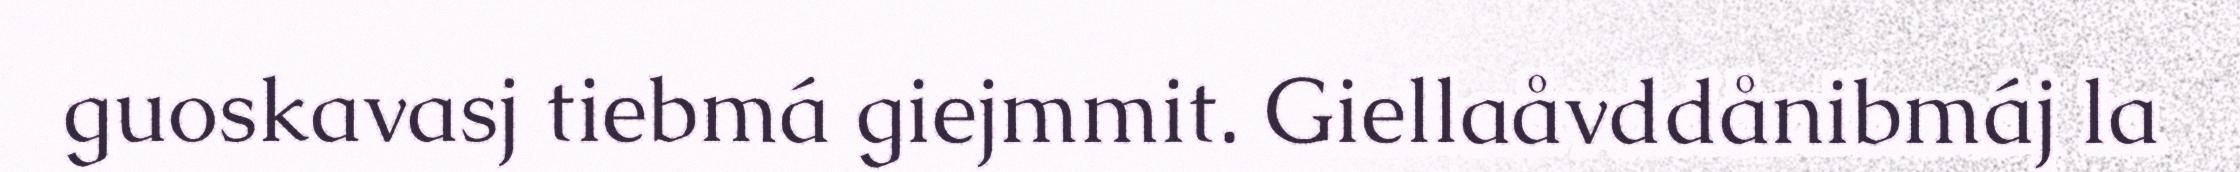
guoskavasj tiebmá giejmmit. Giellaåvddånibmáj la